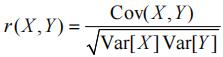
\[
r(X,Y) = \frac{\text{Cov}(X,Y)}{\sqrt{\text{Var}[X]\text{Var}[Y]}}
\]